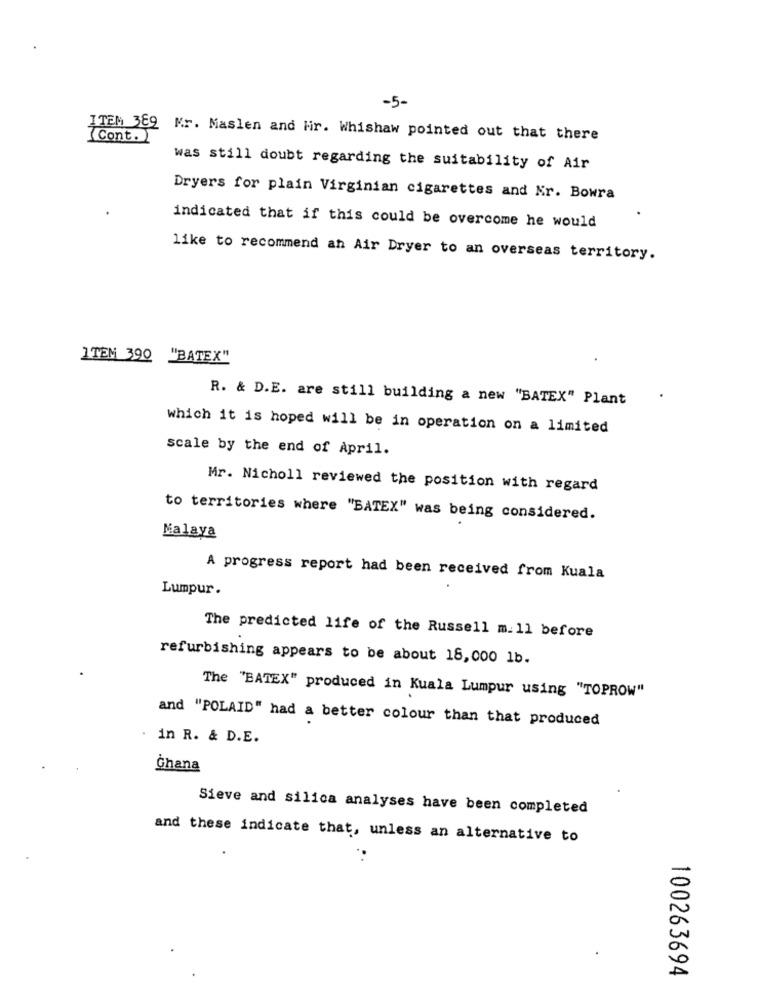
-5-
Cont.)
ITEM 389 Mr. Maslen and Hir. Whishaw pointed out that there
was still doubt regarding the suitability of Air
Dryers for plain Virginian cigarettes and Kr. Bowra
indicated that if this could be overcome he would
like to recommend an Air Dryer to an overseas territory.
ITEM 390 "BATEX"
R. & D.E. are still building a new "BATEX" Plant
which it is hoped will be in operation on a limited
scale by the end of April.
Mr. Nicholl reviewed the position with regard
to territories where "BATEX" was being considered.
Malaya
A progress report had been received from Kuala
Lumpur.
The predicted life of the Russell m.11 before
refurbishing appears to be about 18,000 1b.
The "BATEX" produced in Kuala Lumpur using "TOPROW"
and "POLAID" had a better colour than that produced
.
in R. & D.E.
Ghana
Sieve and silica analyses have been completed
and these indicate that, unless an alternative to
100263694